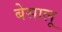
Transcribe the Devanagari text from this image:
बेसालू